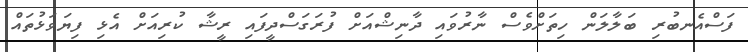
ފަސްއެނބުރި ބަލާލަން ހިތަށްވެސް ނާރުވައި ދާނިޝްއަށް ފުރަގަސްދީފައި ރީޝާ ކުރިއަށް އެޅި ފިޔަވަޅުތައް